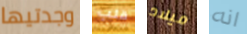
وجدتيها قلب ميلاد انه